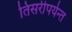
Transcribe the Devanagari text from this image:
तिसरीपर्यन्त